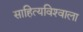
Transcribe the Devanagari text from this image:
साहित्यविश्‍वाला